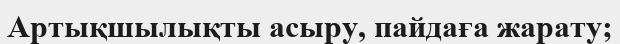
Артықшылықты асыру, пайдаға жарату;